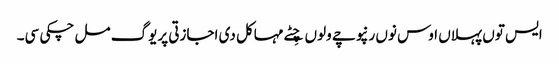
ایس توں پہلاں اوس نوں رنپوچے ولوں چِٹے مہاکل دی اجازتی پریوگ مل چکی سی۔